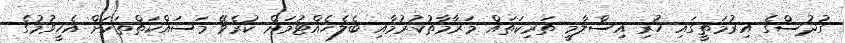
ގުދުސްގެ އިރުމަތީގައި ހުރި އިސްލާމީ ތަރިކަތައް މަރާމާތުކުރުމާއި ބެލެހެއްޓުމަށް ކުރެވޭ މަސައްކަތްތަކަށް އެހީވުމުގެ